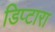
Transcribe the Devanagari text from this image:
डिप्टारा